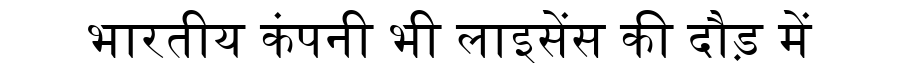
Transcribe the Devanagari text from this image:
भारतीय कंपनी भी लाइसेंस की दौड़ में